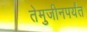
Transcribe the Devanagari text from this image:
तेमुजीनपर्यंत